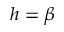
h = \beta